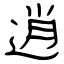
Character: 逍